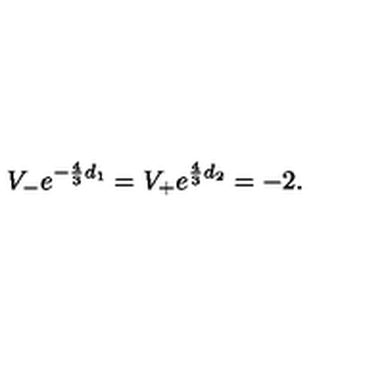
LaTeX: V _ { - } e ^ { - \frac { 4 } { 3 } d _ { 1 } } = V _ { + } e ^ { \frac { 4 } { 3 } d _ { 2 } } = - 2 .